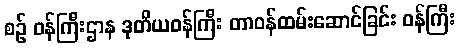
စဉ် ဝန်ကြီးဌာန ဒုတိယဝန်ကြီး တာဝန်ထမ်းဆောင်ခြင်း ဝန်ကြီး